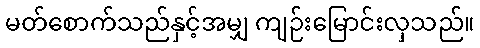
မတ်စောက်သည်နှင့်အမျှ ကျဉ်းမြောင်းလှသည်။